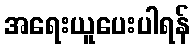
အရေးယူပေးပါရန်